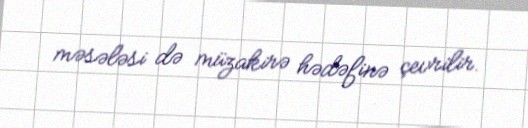
məsələsi də müzakirə hədəfinə çevrilir.